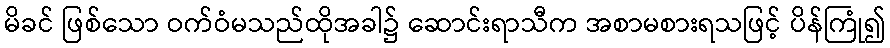
မိခင် ဖြစ်သော ဝက်ဝံမသည်ထိုအခါ၌ ဆောင်းရာသီက အစာမစားရသဖြင့် ပိန်ကြုံ၍